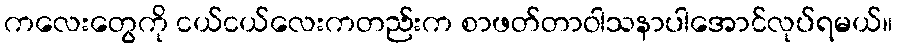
ကလေးတွေကို ငယ်ငယ်လေးကတည်းက စာဖတ်တာဝါသနာပါအောင်လုပ်ရမယ်။